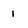
Character: 1